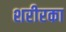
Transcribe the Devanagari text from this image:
शरीरका